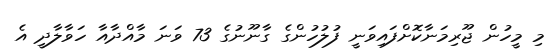
މި މީހުން ޖޫރިމަނާކޮށްފައިވަނީ ފުލުހުންގެ ގާނޫނުގެ 73 ވަނަ މާއްދާއާ ހަވާލާދީ އެ